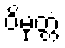
ဝိမုတ္တံ